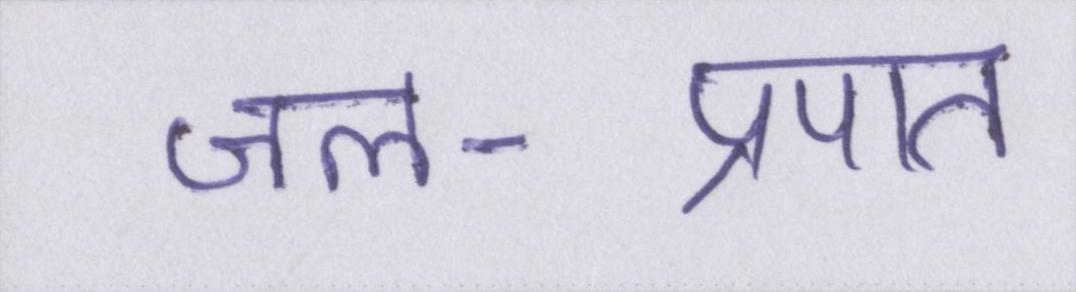
जल-प्रपात